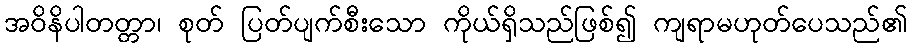
အဝိနိပါတတ္တာ၊ စုတ် ပြတ်ပျက်စီးသော ကိုယ်ရှိသည်ဖြစ်၍ ကျရာမဟုတ်ပေသည်၏